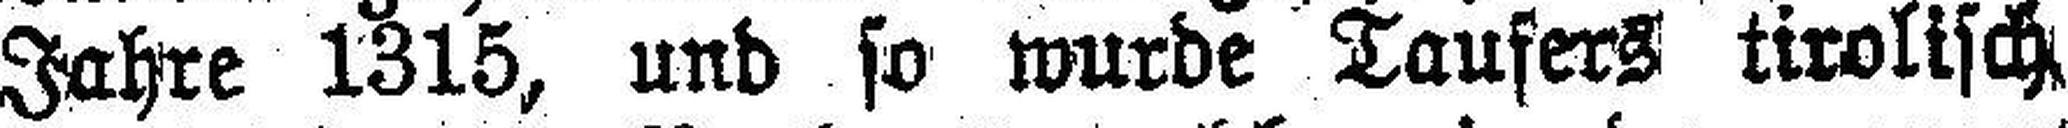
Jahre 1315, und so wurde Taufers tirolisch.